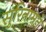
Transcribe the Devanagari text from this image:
सुरिनामने